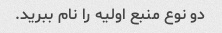
دو نوع منبع اولیه را نام ببرید.